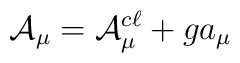
{\cal A}_\mu = {\cal A}^{c\ell}_\mu + g a_\mu